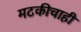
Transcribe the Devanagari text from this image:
मटकीचाही